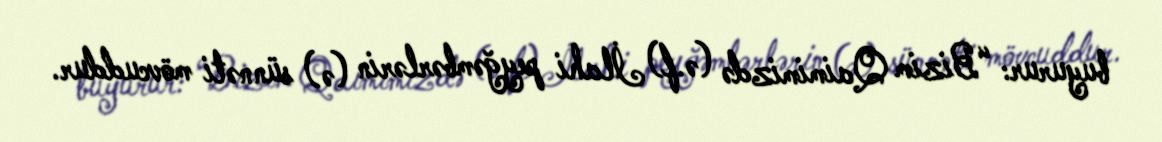
buyurur: “Bizim Qaimimizdə (ə.f) İlahi peyğəmbərlərin (ə) sünnəti mövcuddur.